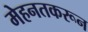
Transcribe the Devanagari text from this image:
मेहनतकरून